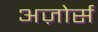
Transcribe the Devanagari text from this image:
अज़ोर्स